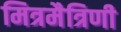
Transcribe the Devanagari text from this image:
मित्रमैत्रिणी